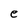
Character: e